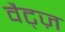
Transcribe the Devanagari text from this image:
वैट्ज़